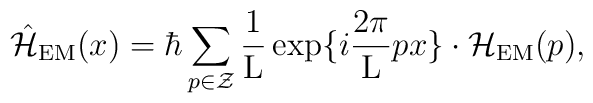
\hat{\cal H}_{\rm EM}(x) = \hbar \sum_{p \in \cal Z} \frac{1}{\rm L}\exp\{i\frac{2\pi}{\rm L}px\} \cdot {\cal H}_{\rm EM}(p),